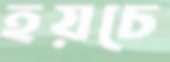
হয়চে